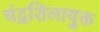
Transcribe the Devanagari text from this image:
चंद्रशिलायुक्त